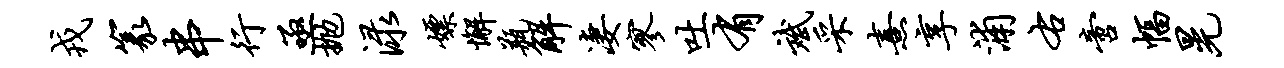
戎篆串行亟抛渌嫖懈瓶解凄寥吐有斌采熹享浦右啻幅晃